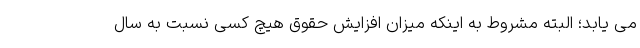
می یابد؛ البته مشروط به اینکه میزان افزایش حقوق هیچ کسی نسبت به سال